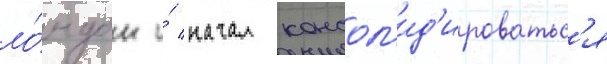
ло́ндон и́ начал консол'ид'ироватьс'я